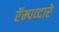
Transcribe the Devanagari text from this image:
रॅम्पव्दारे